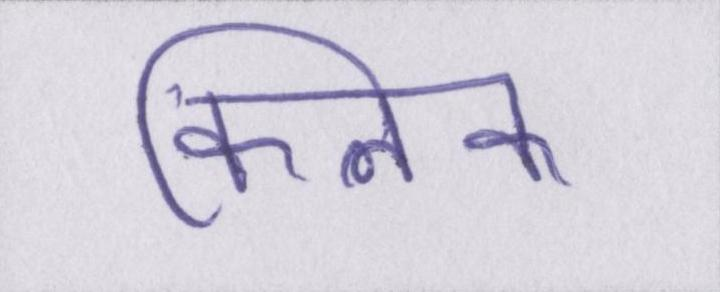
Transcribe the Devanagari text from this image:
क्लिक